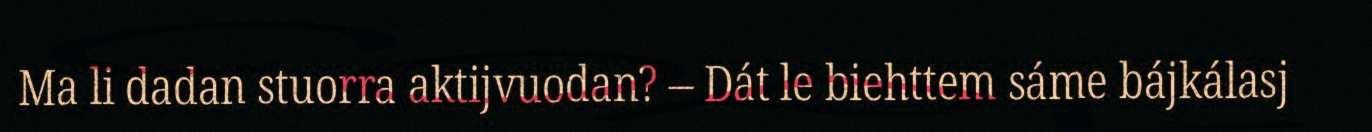
Ma li dadan stuorra aktijvuodan? – Dát le biehttem sáme bájkálasj